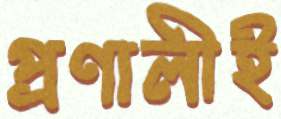
প্রণালীই